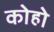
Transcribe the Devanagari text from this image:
कोहो